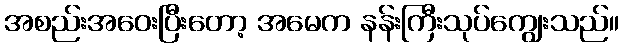
အစည်းအဝေးပြီးတော့ အမေက နန်းကြီးသုပ်ကျွေးသည်။